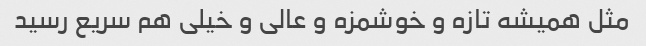
مثل همیشه تازه و خوشمزه و عالی و خیلی هم سریع رسید